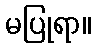
မပြုရာ။